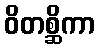
ဝိတစ္ဆိကာ